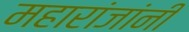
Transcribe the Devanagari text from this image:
महारांजांनी